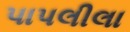
પાપલીલા